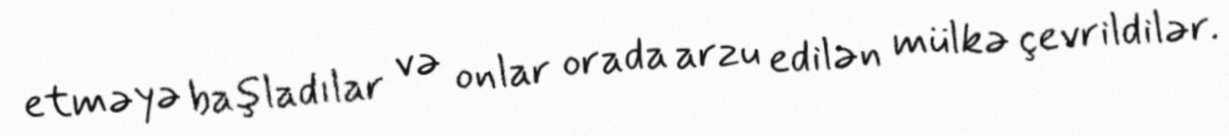
etməyə başladılar və onlar orada arzu edilən mülkə çevrildilər.